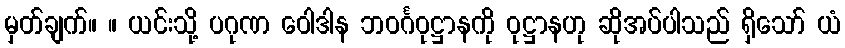
မှတ်ချက်။ ။ ယင်းသို့ ပဂုဏ ဝေါဒါန ဘဝင်္ဂဝုဋ္ဌာနကို ဝုဋ္ဌာနဟု ဆိုအပ်ပါသည် ရှိသော် ယံ